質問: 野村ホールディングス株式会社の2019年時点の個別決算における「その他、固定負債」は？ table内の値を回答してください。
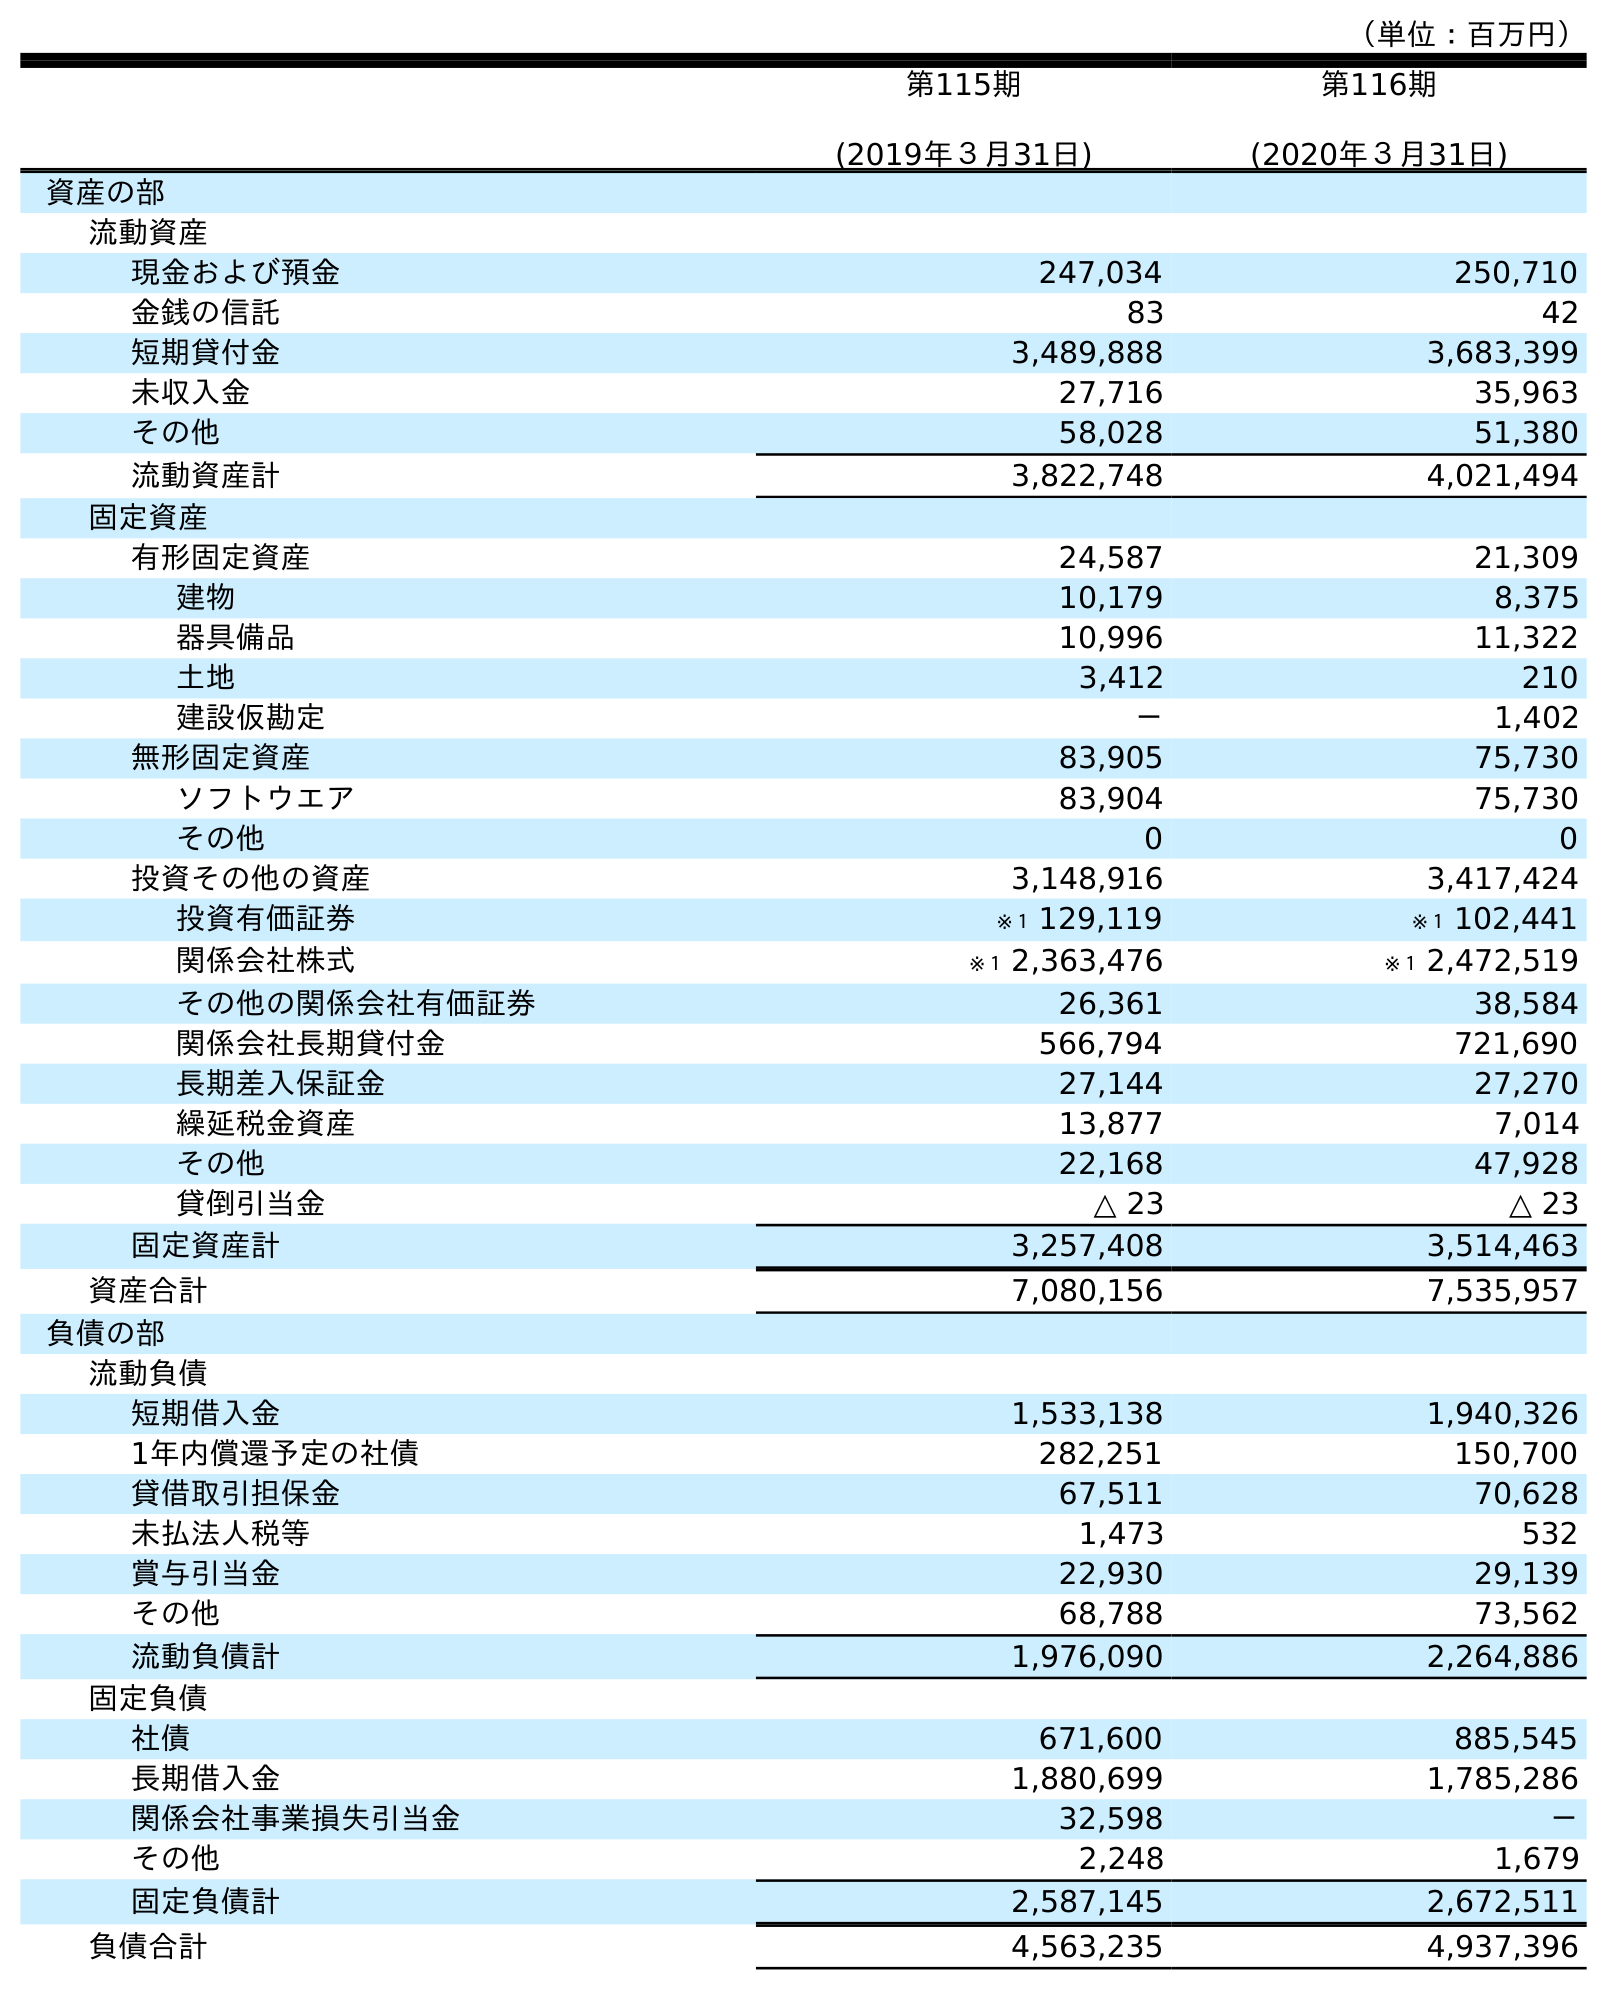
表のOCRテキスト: （単位：百万円） 第115期 (2019年３月31日) 第116期 (2020年３月31日) 資産の部 流動資産 現金および預金 247,034 250,710 金銭の信託 83 42 短期貸付金 3,489,888 3,683,399 未収入金 27,716 35,963 その他 58,028 51,380 流動資産計 3,822,748 4,021,494 固定資産 有形固定資産 24,587 21,309 建物 10,179 8,375 器具備品 10,996 11,322 土地 3,412 210 建設仮勘定 － 1,402 無形固定資産 83,905 75,730 ソフトウエア 83,904 75,730 その他 0 0 投資その他の資産 3,148,916 3,417,424 投資有価証券 ※１ 129,119 ※１ 102,441 関係会社株式 ※１ 2,363,476 ※１ 2,472,519 その他の関係会社有価証券 26,361 38,584 関係会社長期貸付金 566,794 721,690 長期差入保証金 27,144 27,270 繰延税金資産 13,877 7,014 その他 22,168 47,928 貸倒引当金 △ 23 △ 23 固定資産計 3,257,408 3,514,463 資産合計 7,080,156 7,535,957 負債の部 流動負債 短期借入金 1,533,138 1,940,326 1年内償還予定の社債 282,251 150,700 貸借取引担保金 67,511 70,628 未払法人税等 1,473 532 賞与引当金 22,930 29,139 その他 68,788 73,562 流動負債計 1,976,090 2,264,886 固定負債 社債 671,600 885,545 長期借入金 1,880,699 1,785,286 関係会社事業損失引当金 32,598 － その他 2,248 1,679 固定負債計 2,587,145 2,672,511 負債合計 4,563,235 4,937,396
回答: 2,248